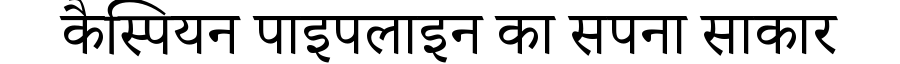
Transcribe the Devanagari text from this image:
कैस्पियन पाइपलाइन का सपना साकार